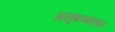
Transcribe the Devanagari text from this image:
अनुक्रमांकांत